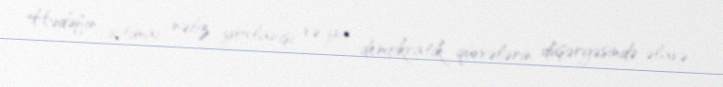
Hədəfin ictimai nəbz yoxlanışı və ya demokratik qüvvələrin düşərgəsində əlavə